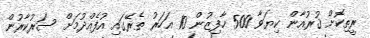
ރީތިކޮށް ޤުރުއާން ކިޔަވާ 500 ހާފިޒުން 10 އަހަރު ތެރޭގައި އުފެއްދުމަށް ސަރުކާރުން